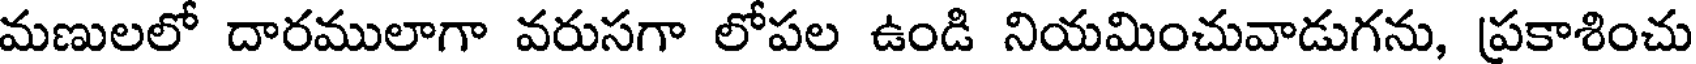
మణులలో దారములాగా వరుసగా లోపల ఉండి నియమించువాడుగను, ప్రకాశించు